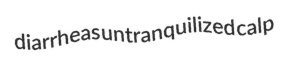
diarrheas untranquilized calp